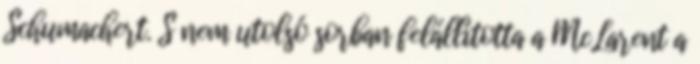
Schumachert. S nem utolsó sorban felállította a McLarent a